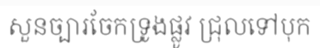
សួនច្បារចែកទ្រូងផ្លូវ ជ្រុលទៅបុក